Lock hospitals Punjab
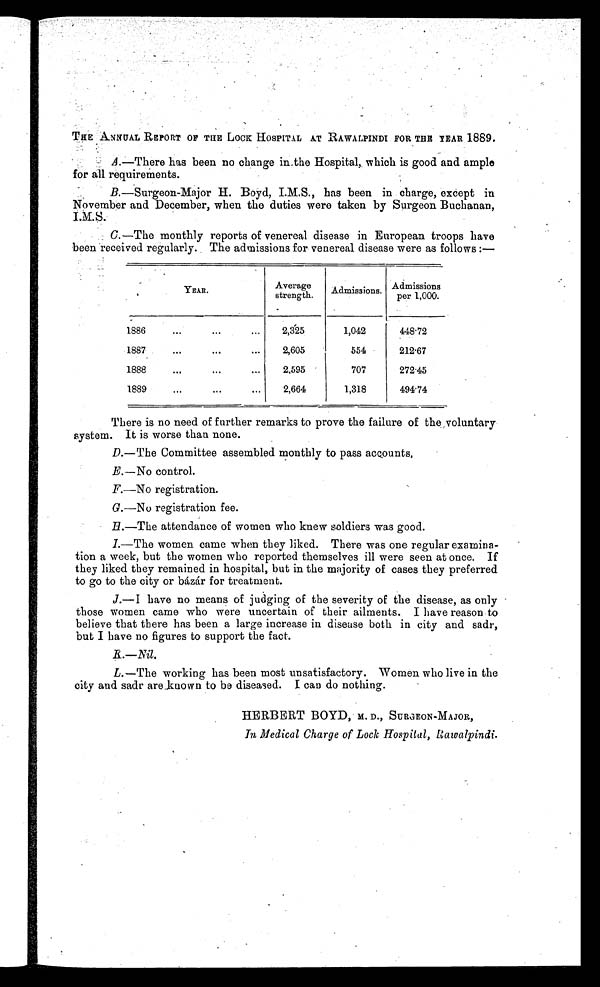
THE ANNUAL REPORT OF THE LOCK HOSPITAL AT RAWALPINDI FOR THE TEAR 1889.
A .—There has been no change in,the Hospital, which is good and ample
for all requirements.
B.—Surgeon-Major H. Boyd, I.M.S., has been in charge, except in
November and December, when the duties were taken by Surgeon Buchanan,
I.M.S.
C.—The monthly reports of venereal disease in European troops have
been received regularly. The admissions for venereal disease were as follows :—
YEAR.
Average
strength.
Admissions.
Admissions
per 1,000.
1886
. . .
. . .
...
2,325
1,042
448.72
1887
...
. . .
...
2,605
554
212.67
1888
...
. . .
...
2,595
707
272.45
1889
. . .
. . .
...
2,664
1,318
494.74
There is no need of further remarks to prove the failure of the, voluntary
system. It is worse than none.
D.—The Committee assembled monthly to pass accounts,
E.—No control.
F.—No registration.
G.—No registration fee.
H.—The attendance of women who knew soldiers was good.
I
.—The women came when they liked. There was one regular examina-
tion a week, but the women who reported themselves ill were seen at once. If
they liked they remained in hospital, but in the majority of cases they preferred
to go to the city or bázár for treatment.
J.—I have no means of judging of the severity of the disease, as only
those women came who were uncertain of their ailments. I have reason to
believe that there has been a large increase in disease both in city and sadr,
but I have no figures to support the fact.
K — N i l .
L .—The working has been most unsatisfactory. Women who live in the
city and sadr are kuown to be diseased. I can do nothing.
HERBERT BOYD, M. D., SURGEON-MAJOR,
In Medical Charge of Lock Hospital, Rawalpindi.